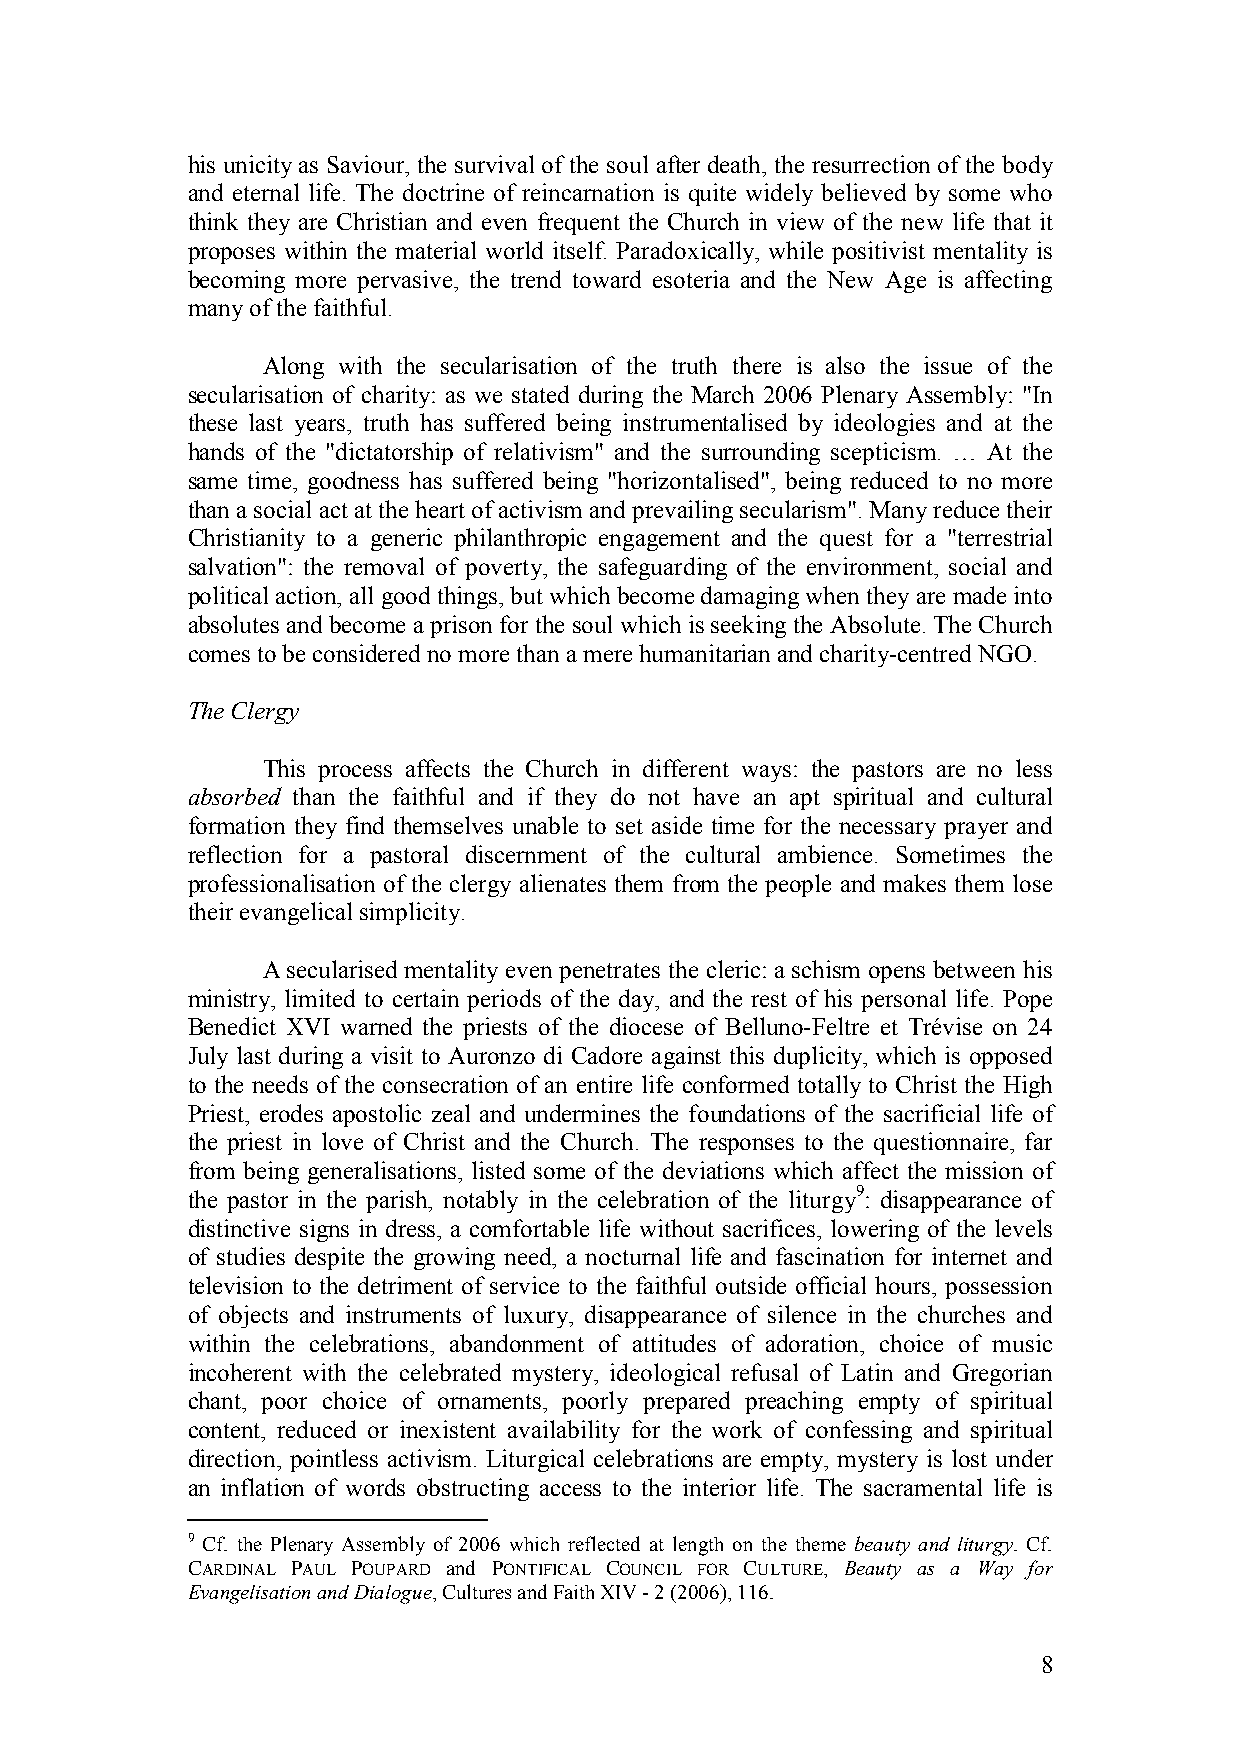
his unicity as Saviour, the survival of the soul after death, the resurrection of the body
 and eternal life. The doctrine of reincarnation is quite widely believed by some who
 think they are Christian and even frequent the Church in view of the new life that it
 proposes within the material world itself. Paradoxically, while positivist mentality is
 becoming more pervasive, the trend toward esoteria and the New Age is affecting
 many of the faithful.
 Along with the secularisation of the truth there is also the issue of the
 secularisation of charity: as we stated during the March 2006 Plenary Assembly: "In
 these last years, truth has suffered being instrumentalised by ideologies and at the
 hands of the "dictatorship of relativism" and the surrounding scepticism. … At the
 same time, goodness has suffered being "horizontalised", being reduced to no more
 than a social act at the heart of activism and prevailing secularism". Many reduce their
 Christianity to a generic philanthropic engagement and the quest for a "terrestrial
 salvation": the removal of poverty, the safeguarding of the environment, social and
 political action, all good things, but which become damaging when they are made into
 absolutes and become a prison for the soul which is seeking the Absolute. The Church
 comes to be considered no more than a mere humanitarian and charity-centred NGO.
 The Clergy
 This process affects the Church in different ways: the pastors are no less
 absorbed than the faithful and if they do not have an apt spiritual and cultural
 formation they find themselves unable to set aside time for the necessary prayer and
 reflection for a pastoral discernment of the cultural ambience. Sometimes the
 professionalisation of the clergy alienates them from the people and makes them lose
 their evangelical simplicity.
 A secularised mentality even penetrates the cleric: a schism opens between his
 ministry, limited to certain periods of the day, and the rest of his personal life. Pope
 Benedict XVI warned the priests of the diocese of Belluno-Feltre et Trévise on 24
 July last during a visit to Auronzo di Cadore against this duplicity, which is opposed
 to the needs of the consecration of an entire life conformed totally to Christ the High
 Priest, erodes apostolic zeal and undermines the foundations of the sacrificial life of
 the priest in love of Christ and the Church. The responses to the questionnaire, far
 from being generalisations, listed some of the deviations which affect the mission of
 the pastor in the parish, notably in the celebration of the liturgy9: disappearance of
 distinctive signs in dress, a comfortable life without sacrifices, lowering of the levels
 of studies despite the growing need, a nocturnal life and fascination for internet and
 television to the detriment of service to the faithful outside official hours, possession
 of objects and instruments of luxury, disappearance of silence in the churches and
 within the celebrations, abandonment of attitudes of adoration, choice of music
 incoherent with the celebrated mystery, ideological refusal of Latin and Gregorian
 chant, poor choice of ornaments, poorly prepared preaching empty of spiritual
 content, reduced or inexistent availability for the work of confessing and spiritual
 direction, pointless activism. Liturgical celebrations are empty, mystery is lost under
 an inflation of words obstructing access to the interior life. The sacramental life is
 9 Cf. the Plenary Assembly of 2006 which reflected at length on the theme beauty and liturgy. Cf.
 CARDINAL PAUL POUPARD and PONTIFICAL COUNCIL FOR CULTURE, Beauty as a Way for
 Evangelisation and Dialogue, Cultures and Faith XIV - 2 (2006), 116.
 8